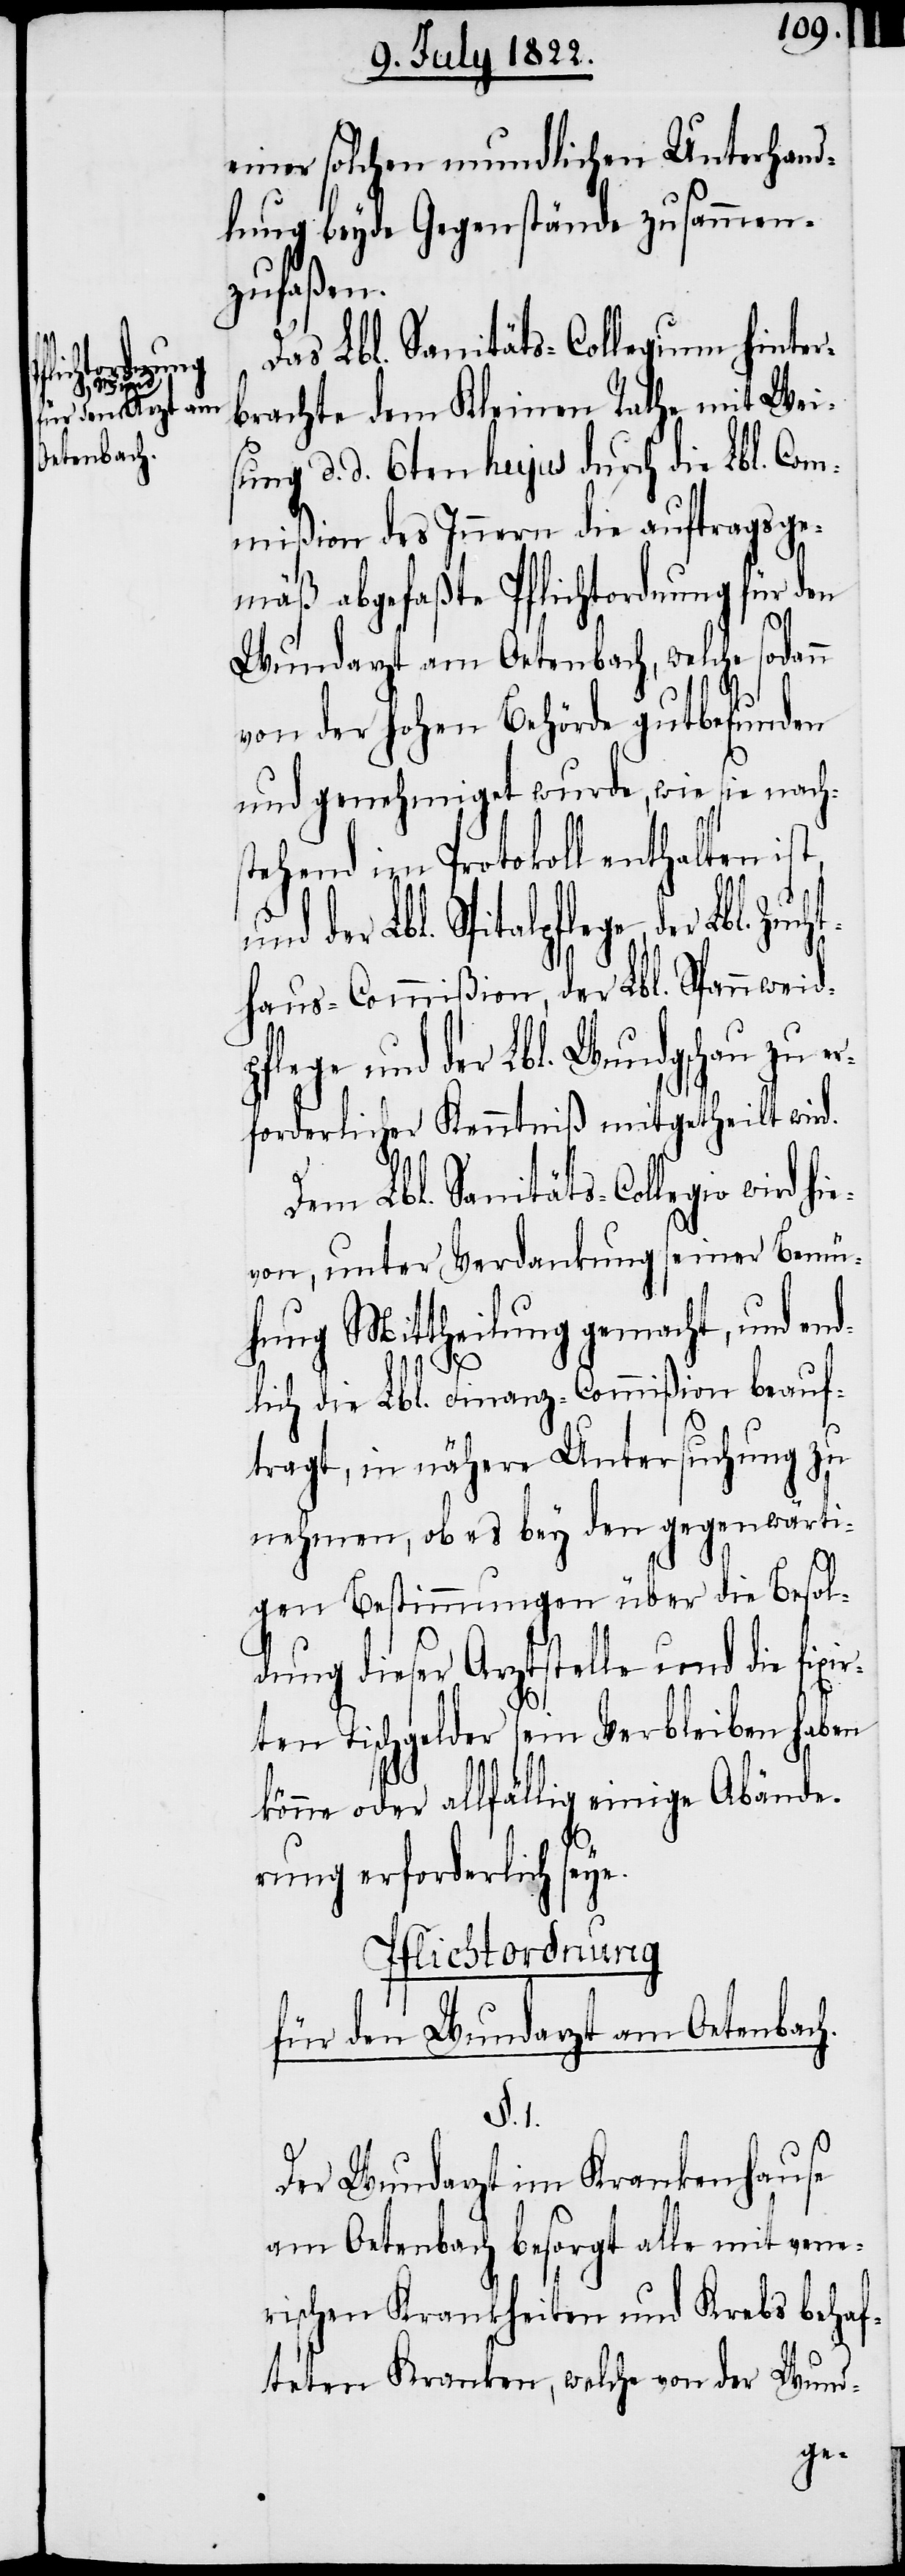
rd hie¬

einer solchen mundlichen Unterhand¬
lung beyde Gegenstände zusammen¬
zufaßen.
Das Lbl. Sanitäts-Collegium hinter¬
brachte dem Kleinen Rathe mit Wei¬
sung d. d. 6ten hujus durch die Lbl. Com¬
mißion des Innern die auftragsge¬
mäß abgefaßte Pflichtordnung über den
Wundarzt am Oetenbach, welche sodann
von der hohen Behörde gutbefunden
und genehmiget wurde, wie sie nach¬
stehend im Protokoll enthalten i¬
haus-Commißion, der Lbl. Spannweid¬
pflege und der Lbl. Wundgschau zu e¬
rforderlicher Kenntniß mitgetheilt wird.
Dem Lbl. Sanitäts-Collegio wi¬
von, unter Verdankung seiner Bemü¬
hung Mittheilung gemacht, und end¬
k¬
lich die Lbl. Finanz-Commißion beauf¬
tragt, in nähere Untersuchung zu
nehmen, ob es bey den gegenwärti¬
gen Bestimmungen über die Besol¬
dung dieser Arztstelle und die fixi¬
rten Tischgelder sein Verbleiben haben
önne oder allfällig einige Abände¬
rung erforderlich seye.
Pflichtordnung
für den Wundarzt am Oetenbach.
§.1
Der Wundarzt im Krankenhause
am Oetenbach besorgt alle mit vene¬
rischen Krankheiten und Krebs behaf¬
teten Kranken, welche von der Wund-